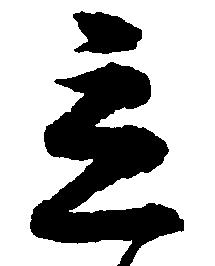
立